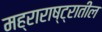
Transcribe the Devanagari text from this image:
मह्राराष्ट्रातील